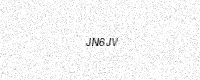
Text: JN6JV